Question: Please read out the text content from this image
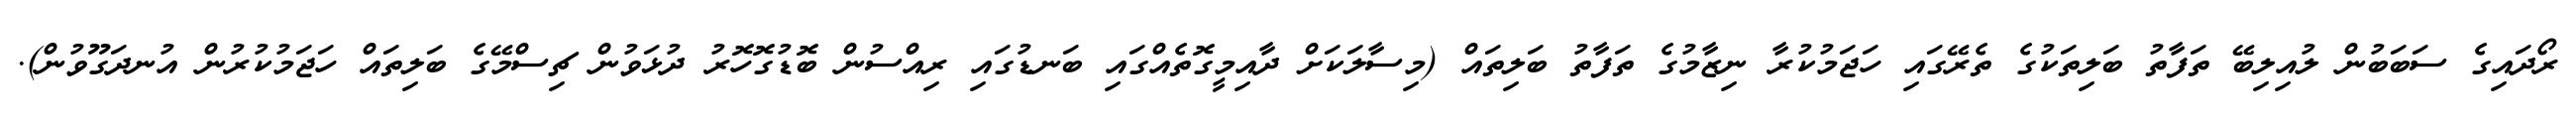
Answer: ރޯދައިގެ ސަބަބުން ލުއިލިބޭ ތަފާތު ބަލިތަކުގެ ތެރޭގައި ހަޖަމުކުރާ ނިޒާމުގެ ތަފާތު ބަލިތައް (މިސާލަކަށް ދާއިމީގޮތެއްގައި ބަނޑުގައި ރިއްސުން ބޮޑުގޮހޮރު ދުޅަވުން ޗިސްމޭގެ ބަލިތައް ހަޖަމުކުރުން އުނދަގޫވުން).